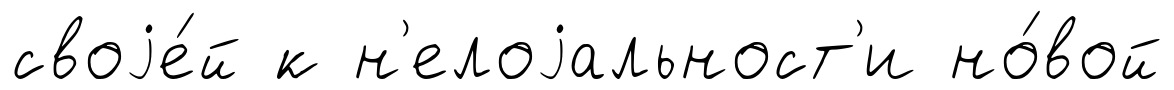
своjе́й к н'елоjальност'и но́вой